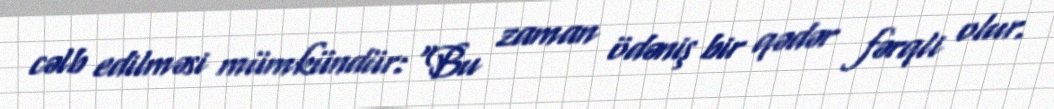
cəlb edilməsi mümkündür: “Bu zaman ödəniş bir qədər fərqli olur.